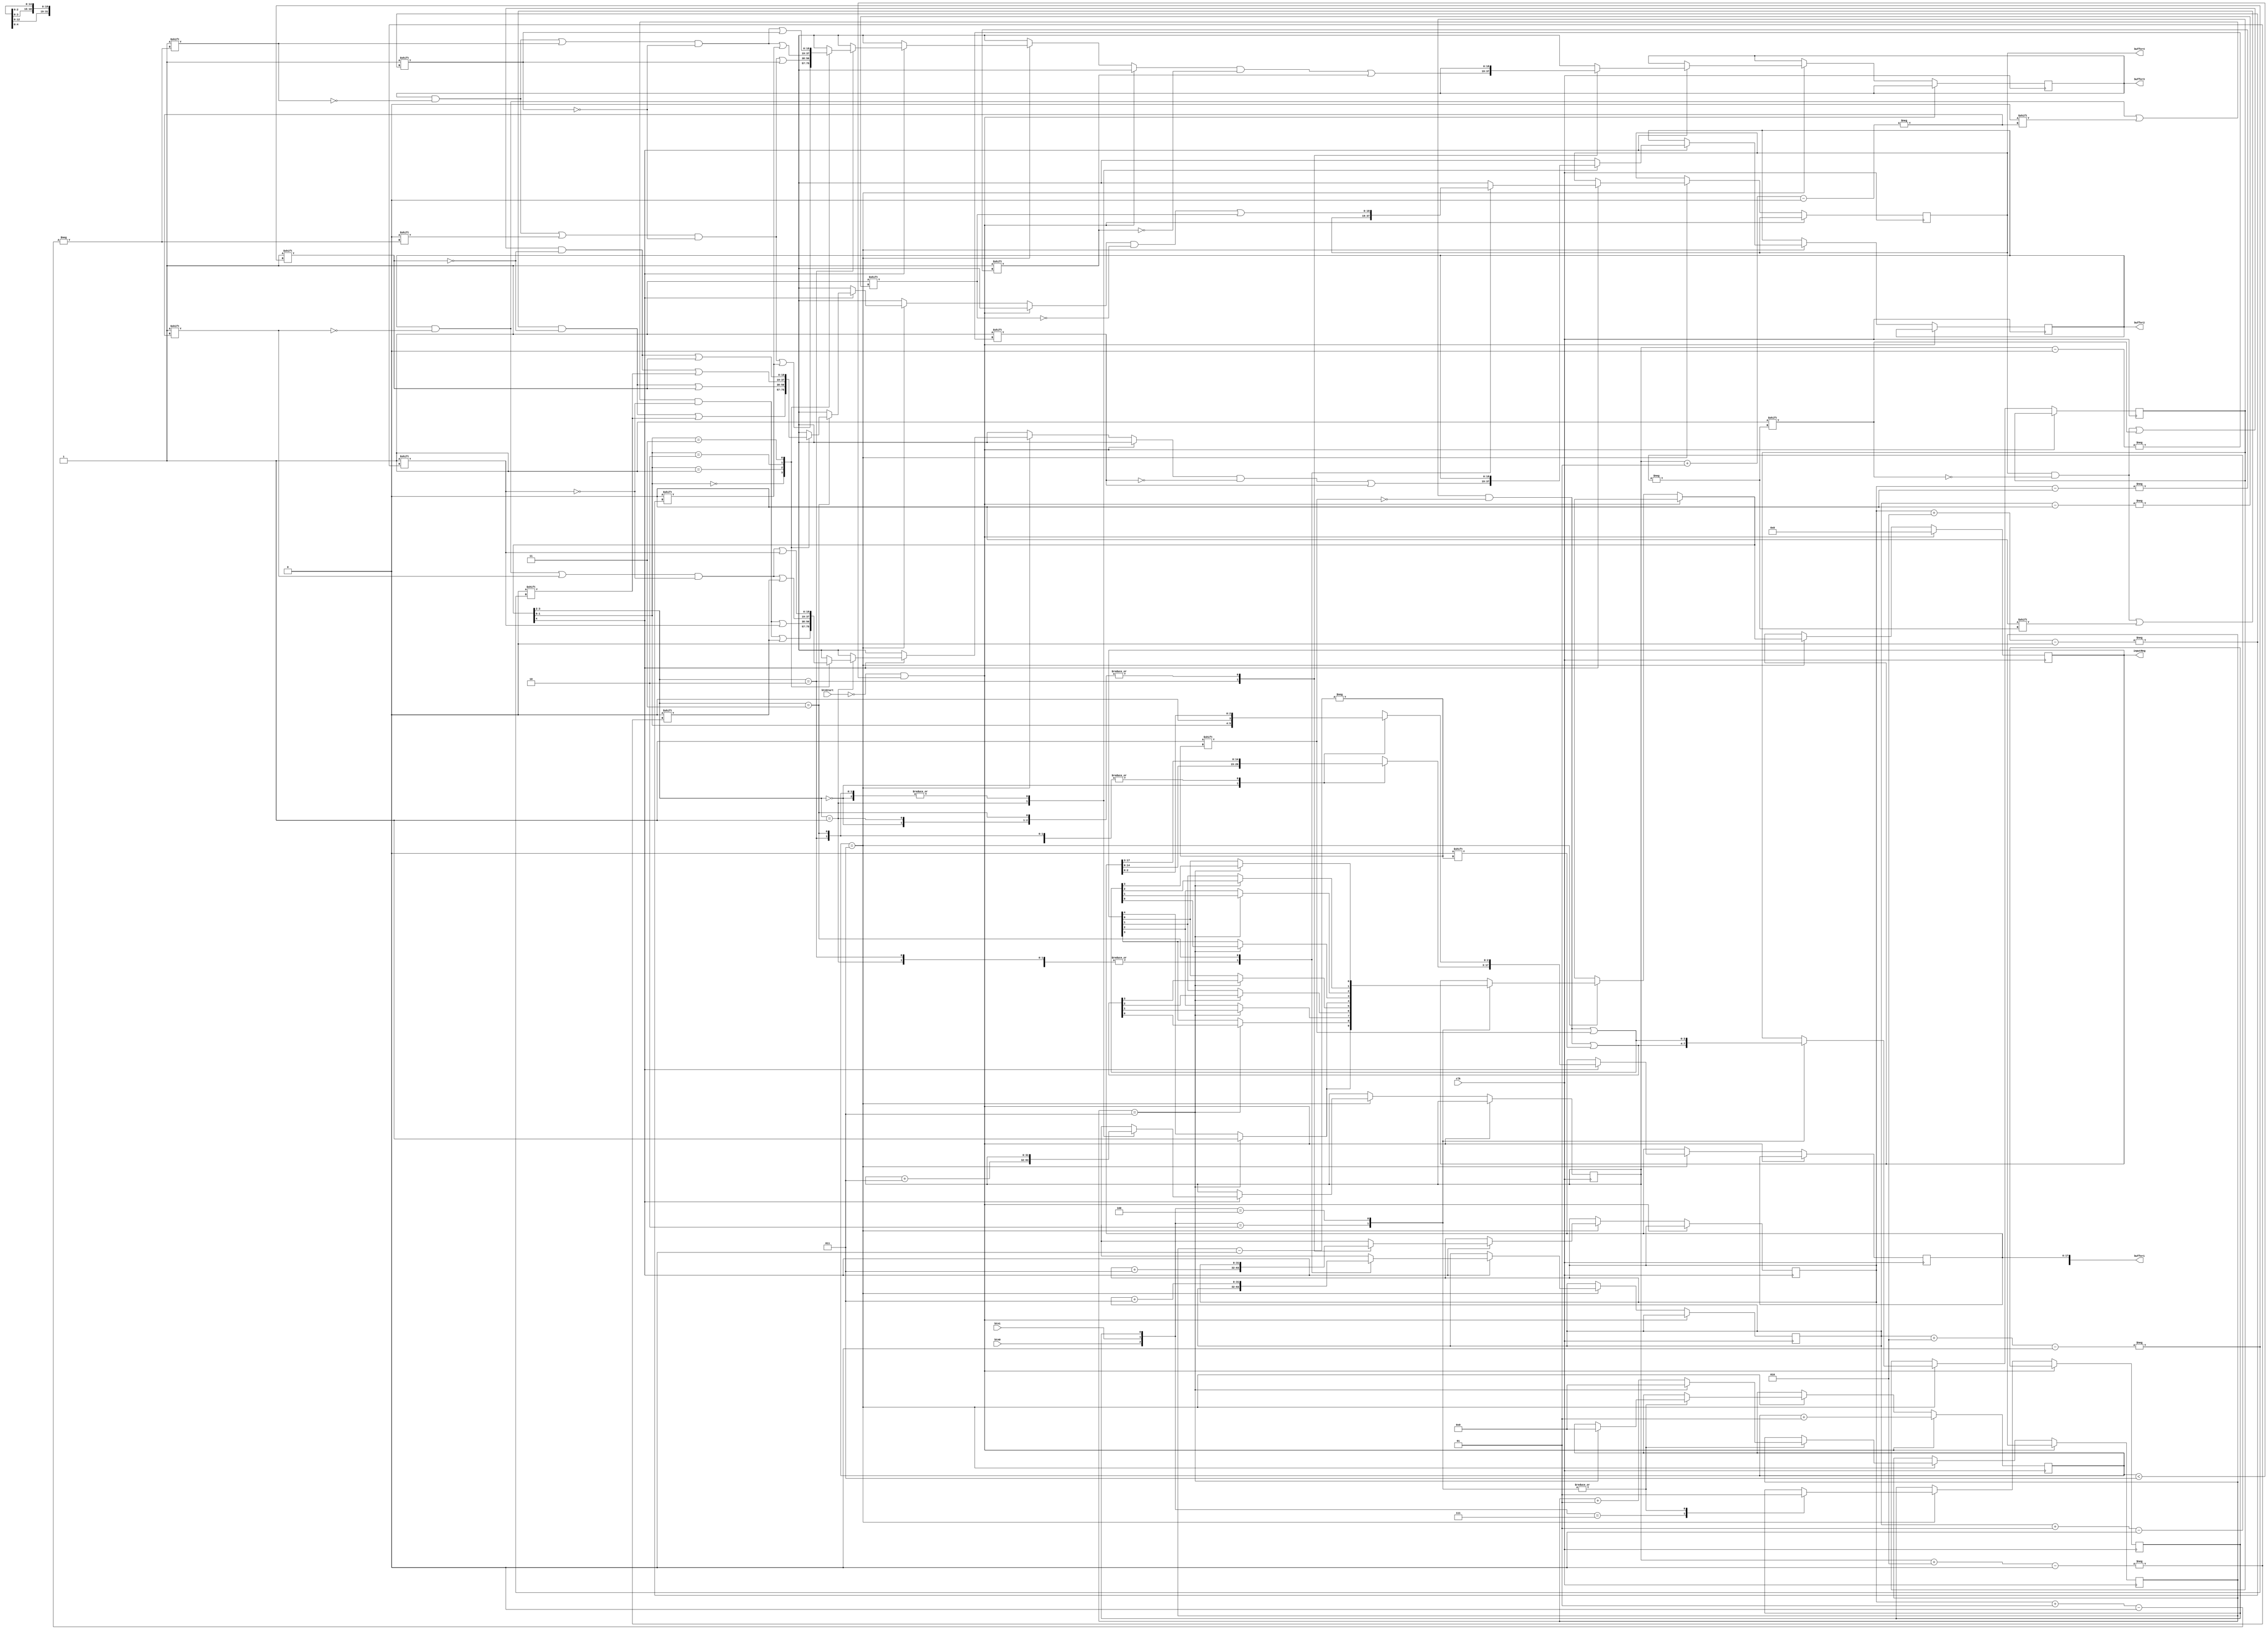
module son(clk,btnStart,btn0,btn1,inputReg,buffer1,buffer2,buffer3,buffer4);

input clk;
input btnStart;
input btn0;
input btn1;

reg [3:0] dummy;

reg pressed;
integer isStartPressed;
integer checkFourValue;

integer indexb1, indexb2, indexb3,indexb4;

output reg [4:0] inputReg;

output reg [18:0] buffer1, buffer2, buffer3, buffer4;

initial begin
inputReg <=0;
dummy <= 0;
pressed = 0;
isStartPressed = 0;
checkFourValue = 0;
indexb1 =0;
end



always @ (posedge clk) begin

	if (btnStart == 0 && isStartPressed <3) begin
		inputReg <=0;
		isStartPressed <= isStartPressed+1;
	end
	
	else if (isStartPressed == 3) begin

		case ({btn0,btn1,pressed}) 
		
		3'b111 : begin
		pressed <= 0 ;
		end
		
		// btn 1
		3'b010 : begin
			dummy[checkFourValue] = 0;
			pressed <= 1 ;
			checkFourValue <= checkFourValue +1;
			if(checkFourValue == 3) begin
				inputReg[4] = 1;
				inputReg[3] = dummy[0];
				inputReg[2] = dummy[1];
				inputReg[1] = dummy[2];
				inputReg[0] = dummy[3];
				isStartPressed <= 0 ;
				checkFourValue <= 0;
				end
		end
		
		// btn 0
		3'b100 :  begin
			dummy[checkFourValue] = 1;
			pressed <= 1 ;
			checkFourValue <= checkFourValue +1;
			if(checkFourValue == 3) begin
				inputReg[4] = 1;
				inputReg[3] = dummy[0];
				inputReg[2] = dummy[1];
				inputReg[1] = dummy[2];
				inputReg[0] = dummy[3];	
				isStartPressed <= 0;
				checkFourValue <= 0;
			end
		end
		endcase		
	
	if (inputReg[4])begin
		case({inputReg[3],inputReg[2]})
			
			// 1st Buffer
			2'b00:begin
				buffer1[17:3]=buffer1[14:0];
				buffer1[2:0] = {inputReg[1:0],1'b0};
				//indexb1 = indexb1 +3;
			end
			
			// 2nd Buffer
			2'b01:begin
				case({inputReg[1],inputReg[0]})
					2'b00:	begin
					buffer2[indexb2+1] = 0;
					buffer2[indexb2+2] = 0;
					end
					
					2'b01:	begin
					buffer2[indexb2+1] = 0;
					buffer2[indexb2+2] = 1;
					end

					2'b10:	begin
					buffer2[indexb2+1] = 1;
					buffer2[indexb2+2] = 0;
					end
					
					2'b11:	begin
					buffer2[indexb2+1] = 1;
					buffer2[indexb2+2] = 1;
					end
				
				endcase
				buffer2[indexb2] = 1;
				indexb2 = indexb2 +3;
			end
			
			// 3rd Buffer
			2'b10:begin
				case({inputReg[1],inputReg[0]})
					2'b00:	begin
					buffer3[indexb3+1] = 0;
					buffer3[indexb3+2] = 0;
					end
					
					2'b01:	begin
					buffer3[indexb3+1] = 0;
					buffer3[indexb3+2] = 1;
					end

					2'b10:	begin
					buffer3[indexb3+1] = 1;
					buffer3[indexb3+2] = 0;
					end
					
					2'b11:	begin
					buffer3[indexb3+1] = 1;
					buffer3[indexb3+2] = 1;
					end
				
				endcase
				buffer3[indexb3] = 1;
				indexb3 = indexb3 +3;
			end
			
			// 4th Buffer
			2'b11:begin
				case({inputReg[1],inputReg[0]})
					2'b00:	begin
					buffer4[indexb4+1] = 0;
					buffer4[indexb4+2] = 0;
					end
					
					2'b01:	begin
					buffer4[indexb4+1] = 0;
					buffer4[indexb4+2] = 1;
					end

					2'b10:	begin
					buffer4[indexb4+1] = 1;
					buffer4[indexb4+2] = 0;
					end
					
					2'b11:	begin
					buffer4[indexb4+1] = 1;
					buffer4[indexb4+2] = 1;
					end
				
				endcase
				buffer4[indexb4] = 1;
				indexb4 = indexb4 +3;
			end
		endcase
	end
	
end	
		
				
end
endmodule